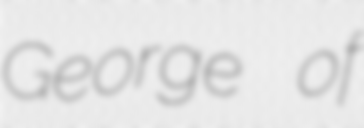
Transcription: George of